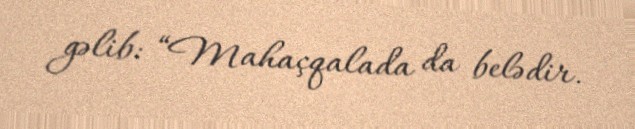
gəlib: “Mahaçqalada da belədir.